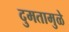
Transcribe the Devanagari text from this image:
दुमतामुळे